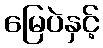
မြေပဲနှင့်